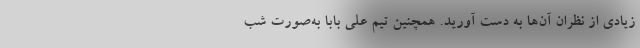
زیادی از نظران آن‌ها به دست آورید. همچنین تیم علی بابا به‌صورت شب